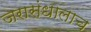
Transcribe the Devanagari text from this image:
जरासंधालाच